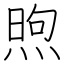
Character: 煦